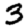
Digit: 3